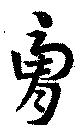
膚